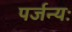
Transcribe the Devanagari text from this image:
पर्जन्यः